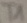
Text: T1